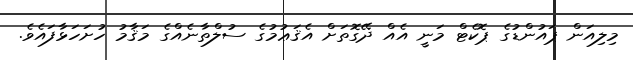
މިލިއަން ޕައުންޑުގެ ޕޮކެޓް މަނީ އެއް ދޭގޮތަށް އެޤަޢުމުގެ ސުލްތާނެއްގެ މަޤާމު ހުށަހަޅާފައެވެ.